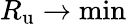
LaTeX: R_{\mathrm{u}}\to\operatorname*{min}